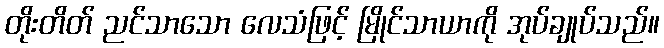
တိုးတိတ် ညင်သာသော လေသံဖြင့် မြိုင်သာယာကို အုပ်ချုပ်သည်။